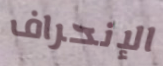
الإنحراف